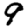
Digit: 9